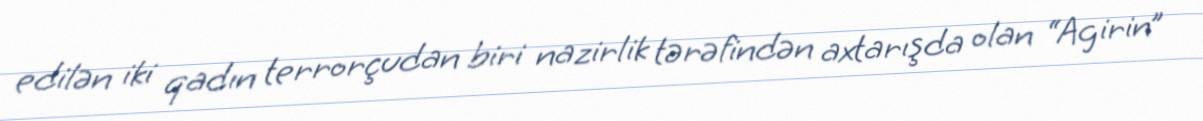
edilən iki qadın terrorçudan biri nazirlik tərəfindən axtarışda olan “Agirin”